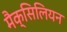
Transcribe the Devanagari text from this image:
मैक्सिलियन